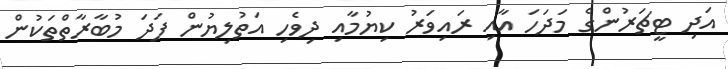
އަދި ޓީޗަރުންގެ މަދަހަ އާއި ރައިވަރު ކިޔުމާއި ދިވެހި އަތުލިޔުން ފަދަ މުބާރާތްތަކުން